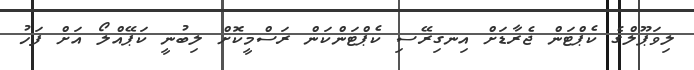
ލިވަޕޫލްގެ ކެޕްޓަން ޖެރާޑަށް އިނގިރޭސި ކެޕްޓަންކަން ރަސްމީކޮށް ލިބުނީ ކަޕޭއްލޯ އަށް ފަހު